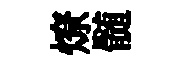
燎髄